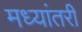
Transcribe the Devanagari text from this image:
मध्यांतरी